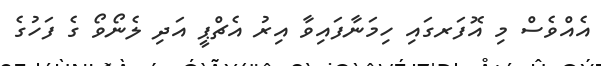
އެއްވެސް މި އޮފަރގައި ހިމަނާފައިވާ އިރު އެޗްޕީ އަދި ލެނޯވޯ ގެ ފަހުގެ